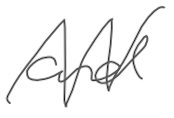
Text: and
Cross-out: zig-zag
Writing tool: digital_gray